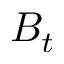
B _ { t }